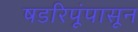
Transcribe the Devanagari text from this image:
षडरिपूंपासून